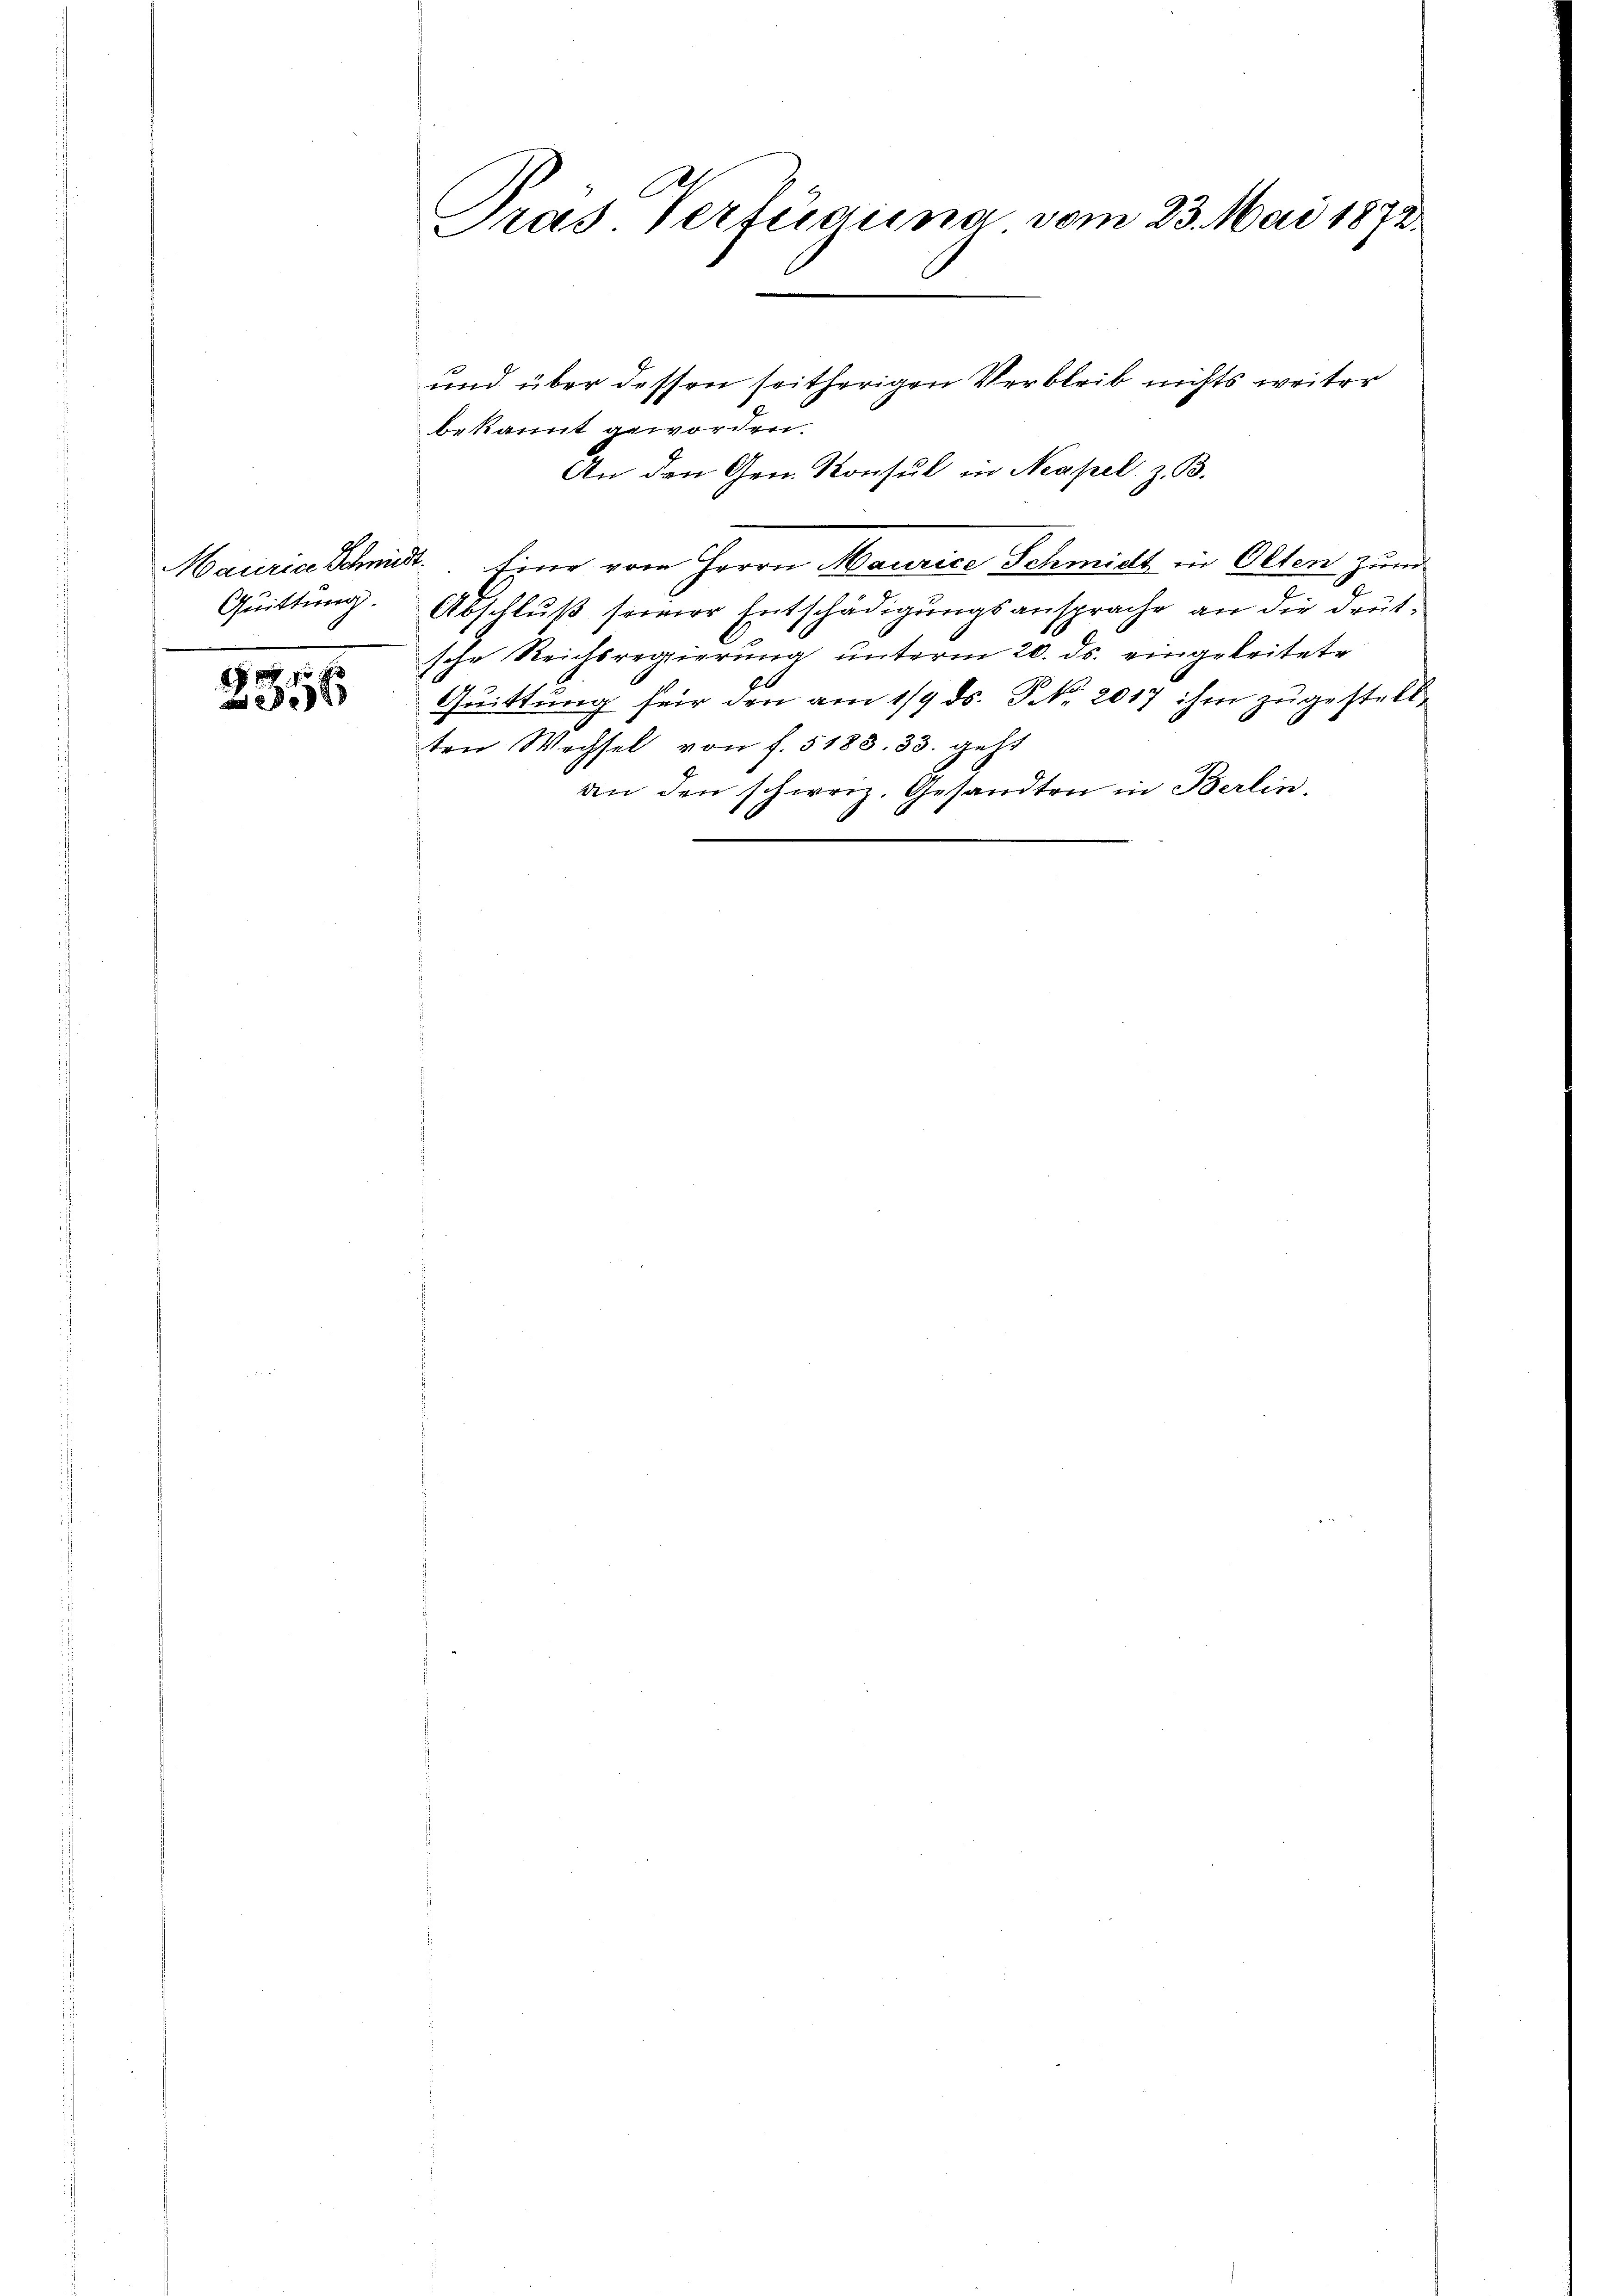
Quittung.

2956

h
Pras. Verfügina vom 23. Mai 1872.

bekannt geworden.
Mauria Schmidt. Eine vom Herrn Maurice Schmidt in Olten zum
Abschluß seiner Entschädigungsansprache an die deutsche Reichsregierung unterm 20. ds. eingeleitete
6
Quittung für den am 1/9. ds. S. 2017 ihm zugestellten Wechsel von f. 5183. 33. geht
an den schweiz. Gesandten in Berlin.

und über dessen seitherigen Verbleib nichts weiter
An den Gen. Konsul in Neapel. z. B.